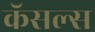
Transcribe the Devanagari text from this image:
कॅसल्स